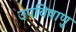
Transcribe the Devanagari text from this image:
उपविषाणु